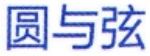
圆与弦